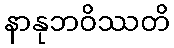
နာနုဘဝိဿတိ